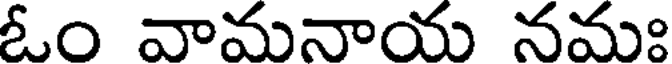
ఓం వామనాయ నమః